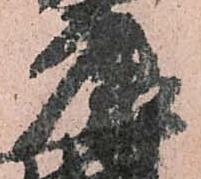
康